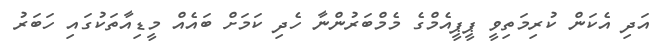
އަދި އެކަން ކުރިމަތިވީ ޕީޕީއެމްގެ މެމްބަރުންނާ ހެދި ކަމަށް ބައެއް މީޑިއާތަކުގައި ހަބަރު